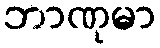
ဘာဏုမာ